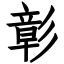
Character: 彰